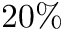
2 0 \%